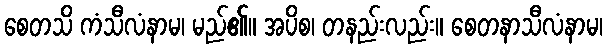
စေတသိ ကံသီလံနာမ၊ မည်၏။ အပိစ၊ တနည်းလည်း။ စေတနာသီလံနာမ၊